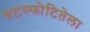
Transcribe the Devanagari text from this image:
घटस्फोटितेला